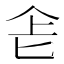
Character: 𠤒